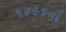
૧૪૯૬ના